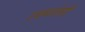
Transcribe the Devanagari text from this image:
उधळलेली